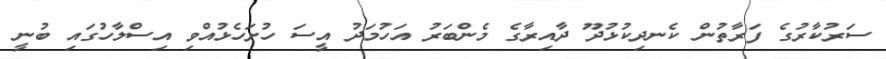
ސަރުކާރުގެ ފަރާތުން ކެނދިކުޅުދޫ ދާއިރާގެ މެންބަރު އަހުމަދު އީސަ ހުށަހެޅުއްވި އިސްލާހުގައި ބުނީ